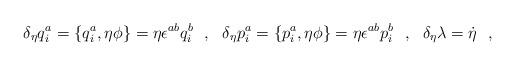
LaTeX: \begin{align*}\delta_\eta q^a_i=\{q^a_i,\eta\phi\}=\eta\epsilon^{ab}q^b_i\ \ ,\ \ \delta_\eta p^a_i=\{p^a_i,\eta\phi\}=\eta\epsilon^{ab}p^b_i\ \ ,\ \ \delta_\eta\lambda=\dot{\eta}\ \ ,\end{align*}